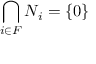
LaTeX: \bigcap _ { i \in F } N _ { i } = \{ 0 \}